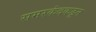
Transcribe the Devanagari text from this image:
समरकंदकडून